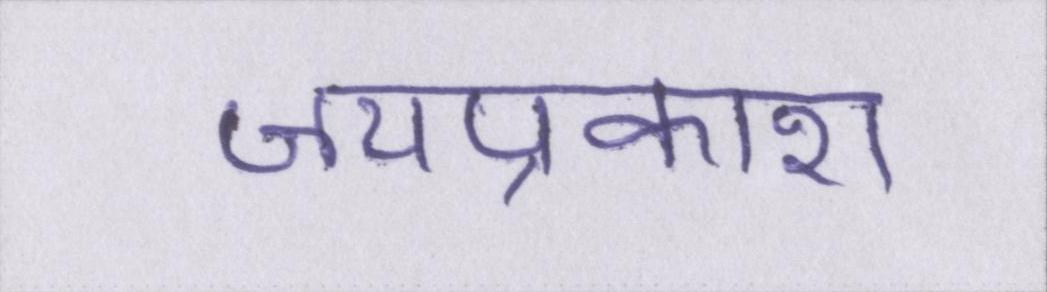
जयप्रकाश